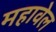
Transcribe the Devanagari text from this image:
महावेल